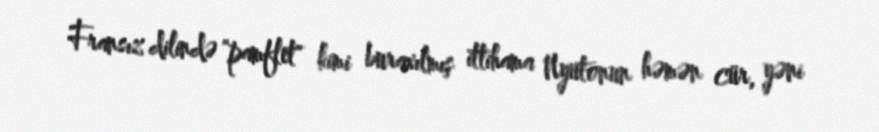
Fransız dilində "pamflet" kimi buraxılmış ittihama Nyutonun həmən cür, yəni